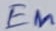
Text: En